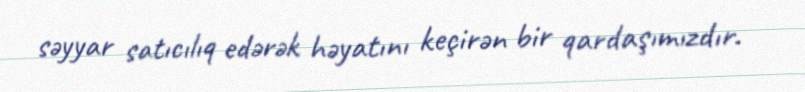
səyyar satıcılıq edərək həyatını keçirən bir qardaşımızdır.